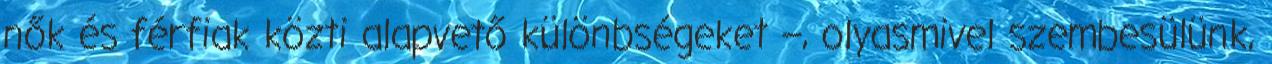
nők és férfiak közti alapvető különbségeket –, olyasmivel szembesülünk,